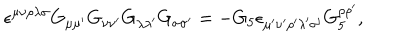
\epsilon ^ { \mu \nu \rho \lambda \sigma } G _ { \mu \mu ^ { \prime } } G _ { \nu \nu ^ { \prime } } G _ { \lambda \lambda ^ { \prime } } G _ { \sigma \sigma ^ { \prime } } = - G _ { 5 } \epsilon _ { \mu ^ { \prime } \nu ^ { \prime } \rho ^ { \prime } \lambda ^ { \prime } \sigma ^ { \prime } } G _ { 5 } ^ { \rho \rho ^ { \prime } } ,